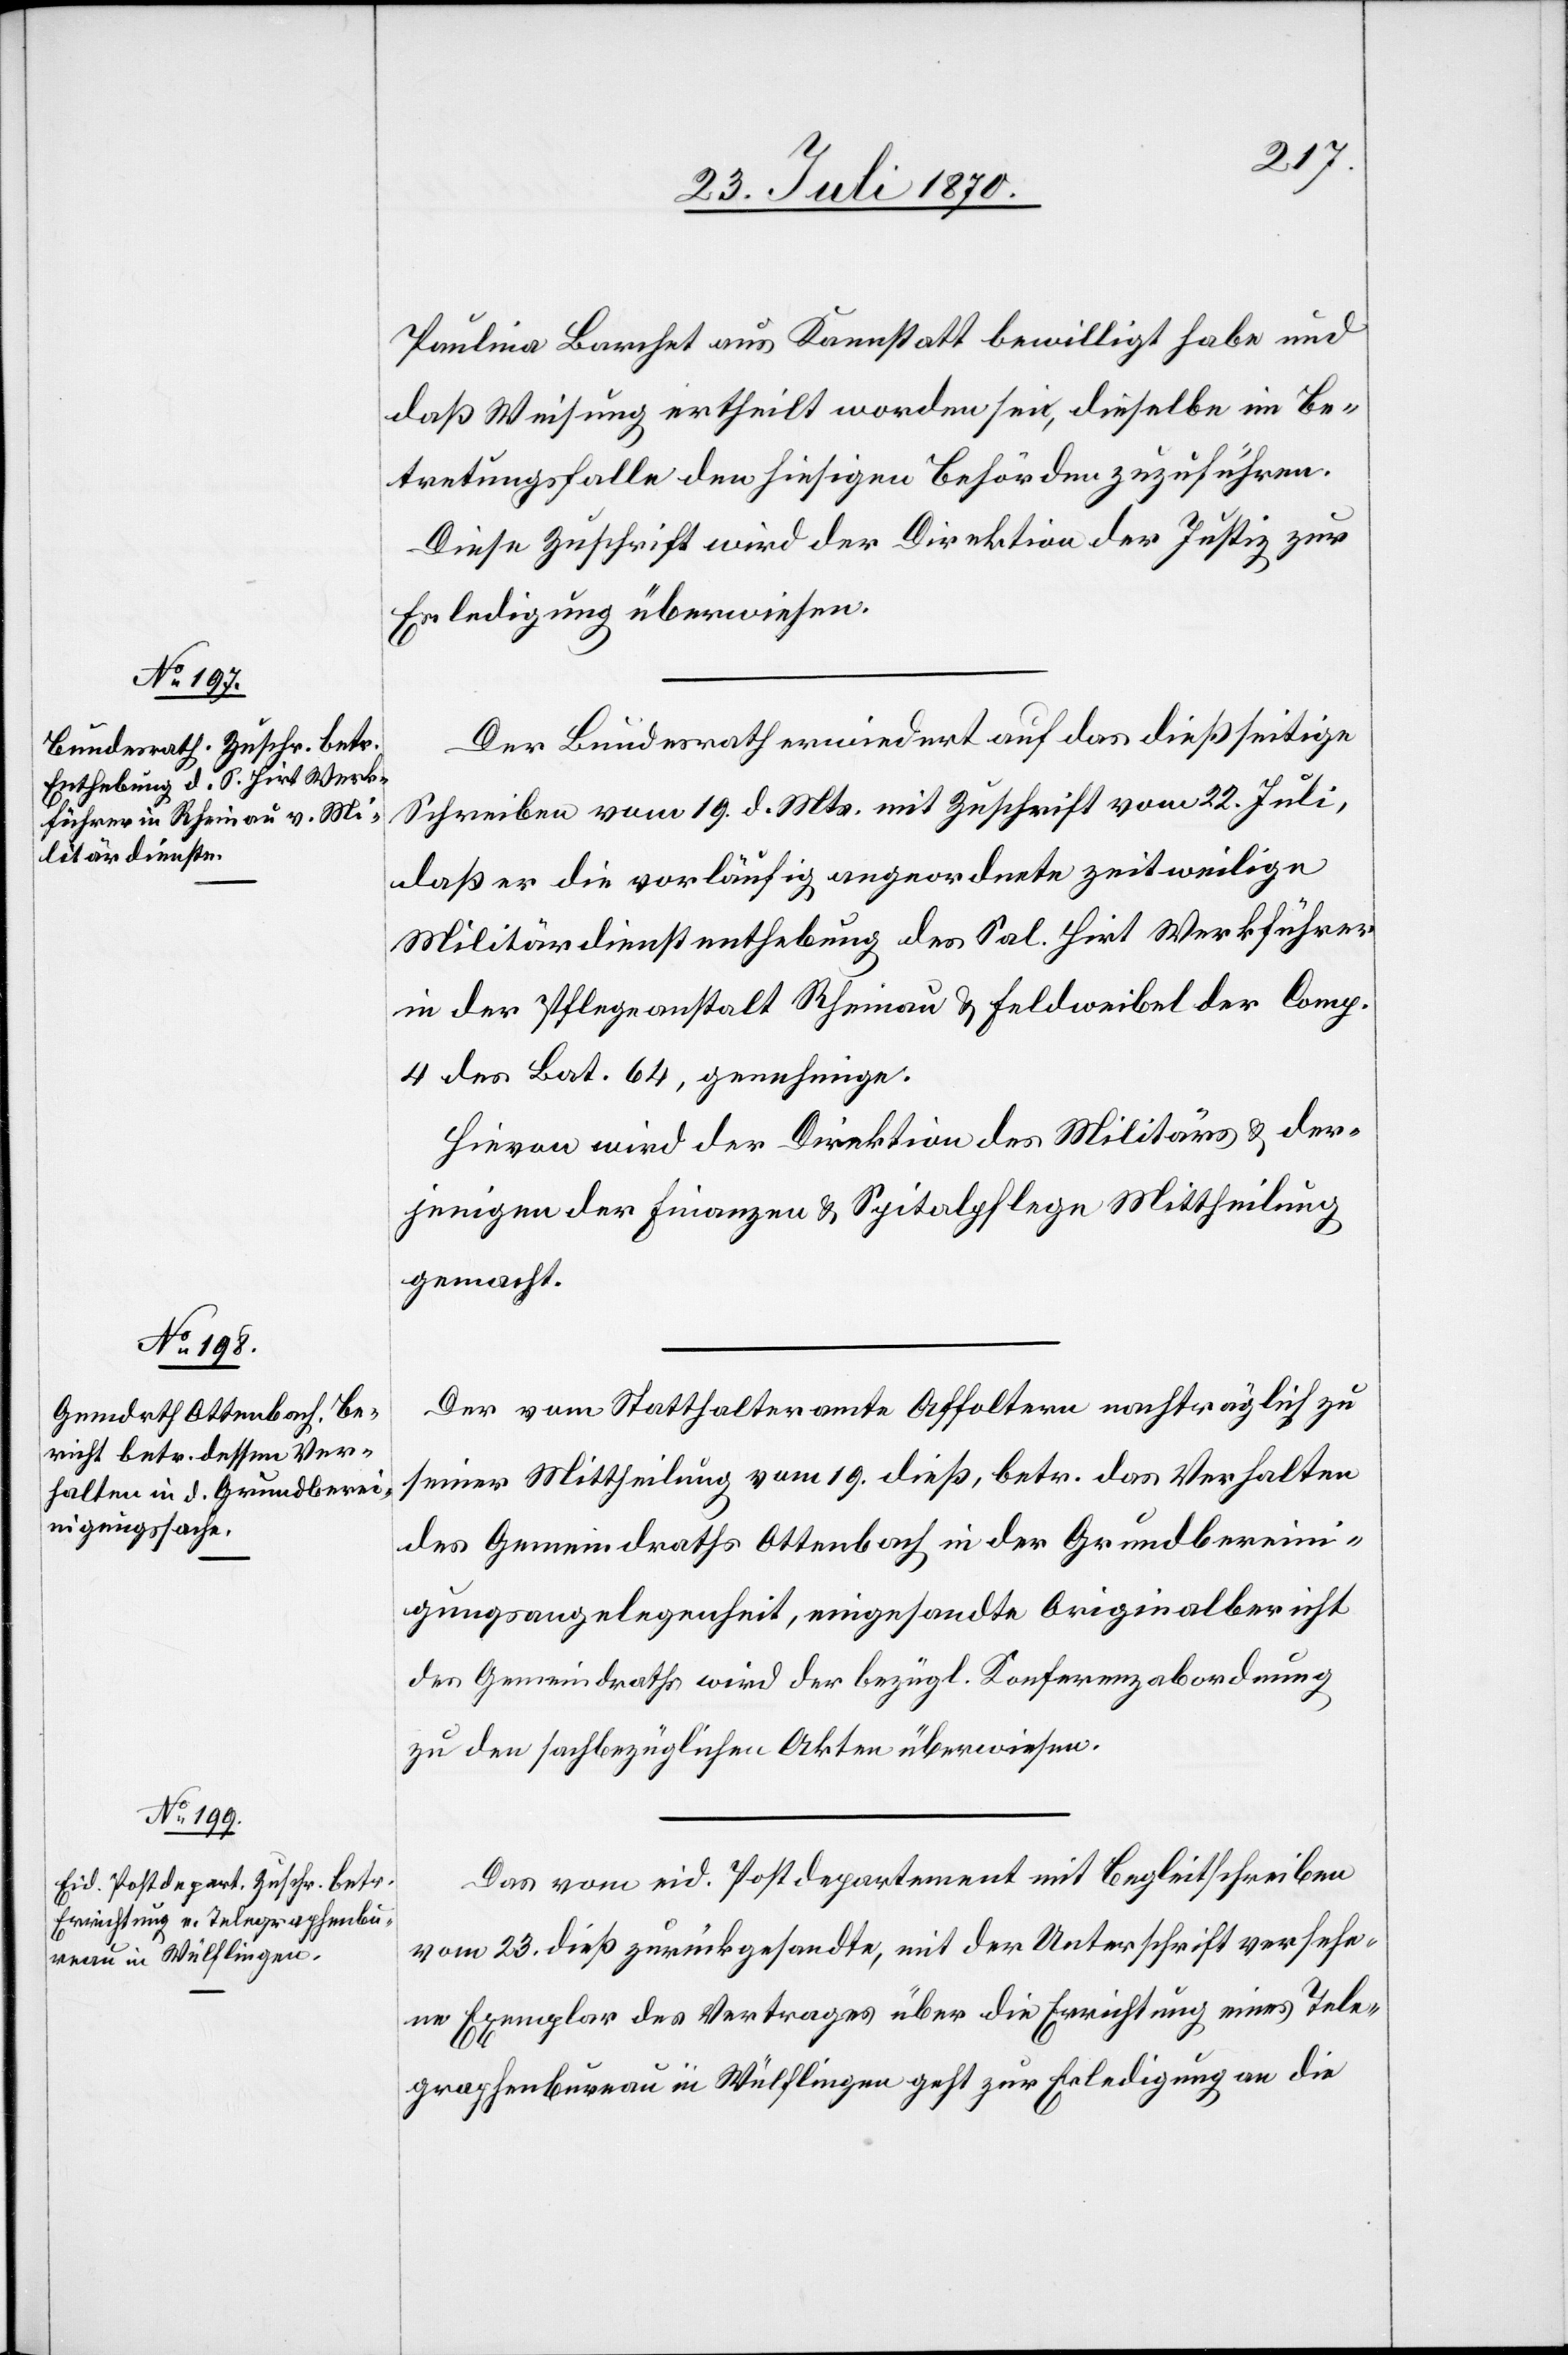
25. Juli 1870.]
Paulina Barchet aus Kannstatt [sic!] bewilligt habe und
daß Weisung ertheilt worden sei, dieselbe im Be¬
tretungsfalle den hiesigen Behörden zuzuführen.
Diese Zuschrift wird der Direktion der Justiz zur
Erledigung überwiesen.
Der Bundesrath erwiedert auf das dießseitige
Schreiben vom 19. d. Mts. mit Zuschrift vom 22. Juli,
daß er die vorläufig angeordnete zeitweilige
Militärdienstenthebung des Sal. Hirt Werkführer
in der Pflegeanstalt Rheinau & Feldweibel der Comp.
4 des Bat. 64, genehmige.
Hievon wird der Direktion des Militärs & der¬
jenigen der Finanzen & Spitalpflege Mittheilung
gemacht.
Der vom Statthalteramte Affoltern nachträglich zu
seiner Mittheilung vom 19. dieß, betr. das Verhalten
des Gemeindraths Ottenbach in der Grundberein¬
igungsangelegenheit, eingesandte Originalbericht
des Gemeindraths wird der bezügl. Konferenzabordnung
zu den sachbezüglichen Akten überwiesen.
Das vom eid. Postdepartement mit Begleitschreiben
vom 23. dieß zurückgesandte, mit der Unterschrift versehe¬
ne Exemplar des Vertrages über die Errichtung eines Tele¬
graphenbureau in Wülflingen geht zur Erledigung an die